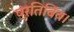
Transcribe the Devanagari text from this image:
प्रतिबिंब।